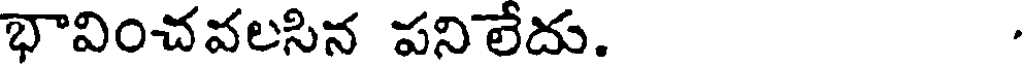
భావించవలసిన పనిలేదు.